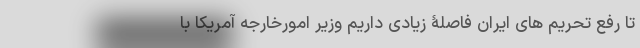
تا رفع تحریم های ایران فاصلۀ زیادی داریم وزیر امورخارجه آمریکا با